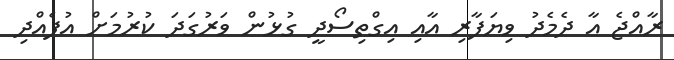
ރާއްޖެ އާ ދެމެދު ވިޔަފާރި އާއި އިގްތިސޯދީ ގުޅުން ވަރުގަދަ ކުރުމަށް އުފެއްދި